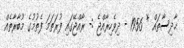
ޙާދިސާތައް * 1956 - ދިވެހިރާއްޖެ :- ރާއްޖޭގައި ފުރަތަމަ ފެތުމުގެ މުބާރާތެއް